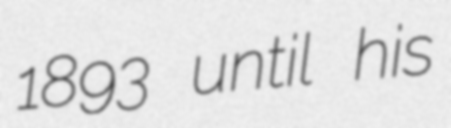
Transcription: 1893 until his